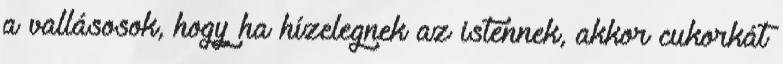
a vallásosok, hogy ha hízelegnek az istennek, akkor cukorkát